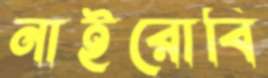
নাইরোবি